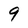
Character: 9